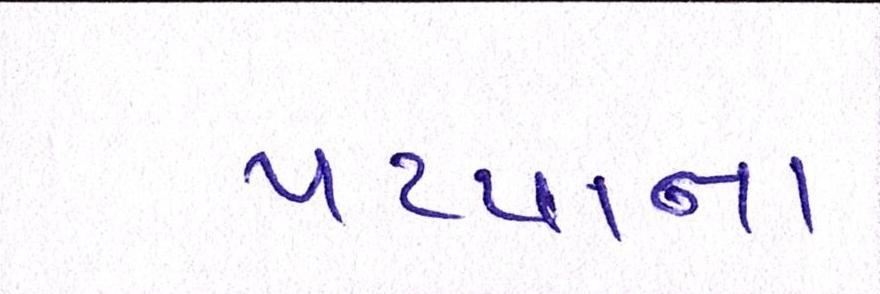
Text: પપ્પાના